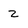
Character: 2